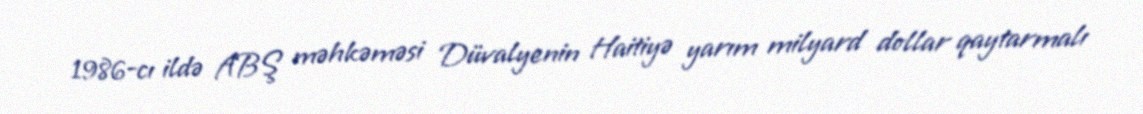
1986-cı ildə ABŞ məhkəməsi Düvalyenin Haitiyə yarım milyard dollar qaytarmalı